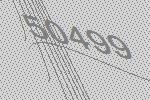
50499